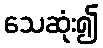
သေဆုံး၍